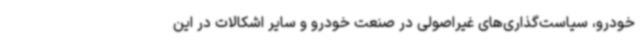
خودرو، سیاست‌گذاری‌های غیراصولی در صنعت خودرو و سایر اشکالات در این